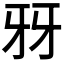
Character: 𤘆